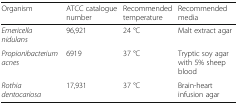
<table><thead><tr><td><b>Organism</b></td><td><b>ATCC catalogue number</b></td><td><b>Recommended temperature</b></td><td><b>Recommended media</b></td></tr></thead><tbody><tr><td><i>Emericella nidulans</i></td><td>96,921</td><td>24 °C</td><td>Malt extract agar</td></tr><tr><td><i>Propionibacterium acnes</i></td><td>6919</td><td>37 °C</td><td>Tryptic soy agar with 5% sheep blood</td></tr><tr><td><i>Rothia dentocariosa</i></td><td>17,931</td><td>37 °C</td><td>Brain-heart infusion agar</td></tr></tbody></table>